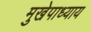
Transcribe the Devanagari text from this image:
मुखेपाध्याय